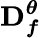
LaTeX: \mathbf{D}_{\boldsymbol{f}}^{\boldsymbol{\theta}}